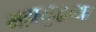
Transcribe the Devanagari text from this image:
महायुद्धच्या